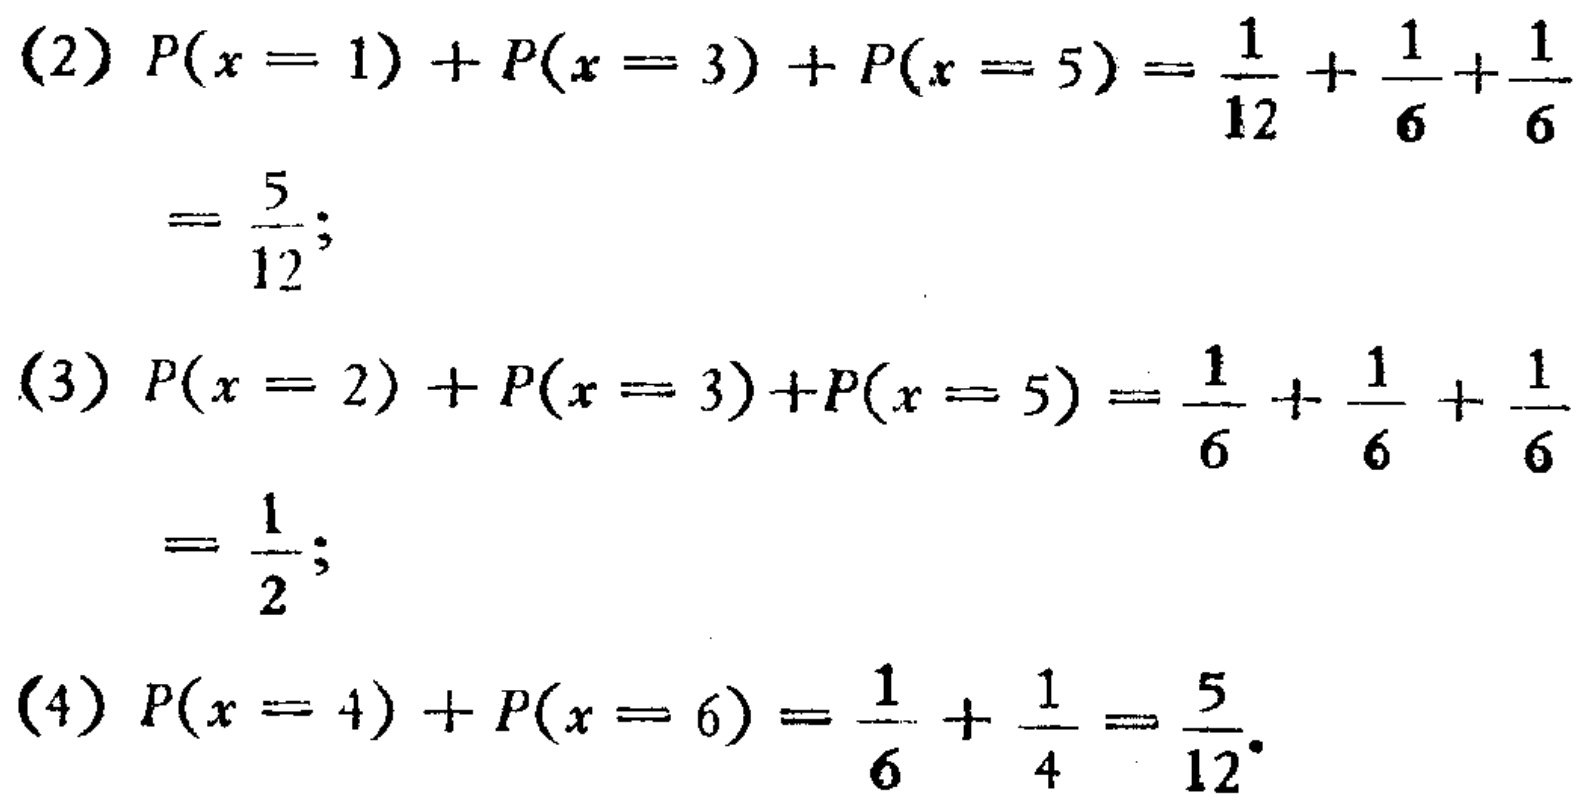
(2) \(P(x = 1)+P(x = 3)+P(x = 5)=\frac{1}{12}+\frac{1}{6}+\frac{1}{6}\)

\(=\frac{5}{12};\)

(3) \(P(x = 2)+P(x = 3)+P(x = 5)=\frac{1}{6}+\frac{1}{6}+\frac{1}{6}\)

\(=\frac{1}{2};\)

(4) \(P(x = 4)+P(x = 6)=\frac{1}{6}+\frac{1}{4}=\frac{5}{12}.\)